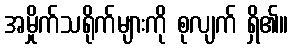
အမှိုက်သရိုက်များကို စုလျက် ရှိ၏။